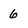
Character: 6